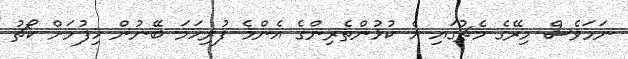
ނަމަވެސް މިރޭގެ މެޗުގައި އެ ކުޅުންތެރިންގެ އެންމެ ފުރިހަމަ ބޭނުން ހިފުމަށް ކޯޗު